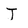
Character: J